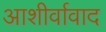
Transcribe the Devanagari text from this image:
आशीर्वावाद